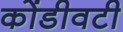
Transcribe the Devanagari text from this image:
कोंडीवटी